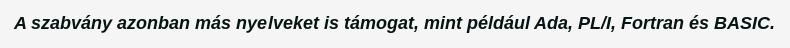
A szabvány azonban más nyelveket is támogat, mint például Ada, PL/I, Fortran és BASIC.